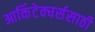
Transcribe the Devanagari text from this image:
आर्किटेक्चर्ससाठी